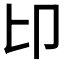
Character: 𠨐